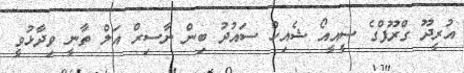
އުރީދޫ ގްރޫޕްގެ ސީއީއޯ ޝެއިހް ސައުދު ބިން ނާސިރް އަލް ތާނީ ވިދާޅުވީ